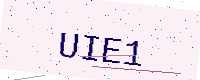
Text: UIE1